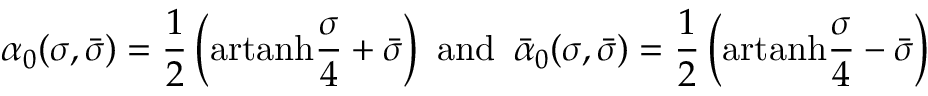
\alpha _ { 0 } ( \sigma , \bar { \sigma } ) = \frac { 1 } { 2 } \left( \mathrm { a r t a n h } \frac { \sigma } { 4 } + \bar { \sigma } \right) \, \, \mathrm { a n d } \, \, \, \bar { \alpha } _ { 0 } ( \sigma , \bar { \sigma } ) = \frac { 1 } { 2 } \left( \mathrm { a r t a n h } \frac { \sigma } { 4 } - \bar { \sigma } \right)